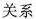
关系